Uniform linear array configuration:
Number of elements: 32
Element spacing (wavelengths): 0.75
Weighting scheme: hamming
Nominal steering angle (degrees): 60
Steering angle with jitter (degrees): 59.387
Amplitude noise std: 0.05
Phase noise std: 0.05

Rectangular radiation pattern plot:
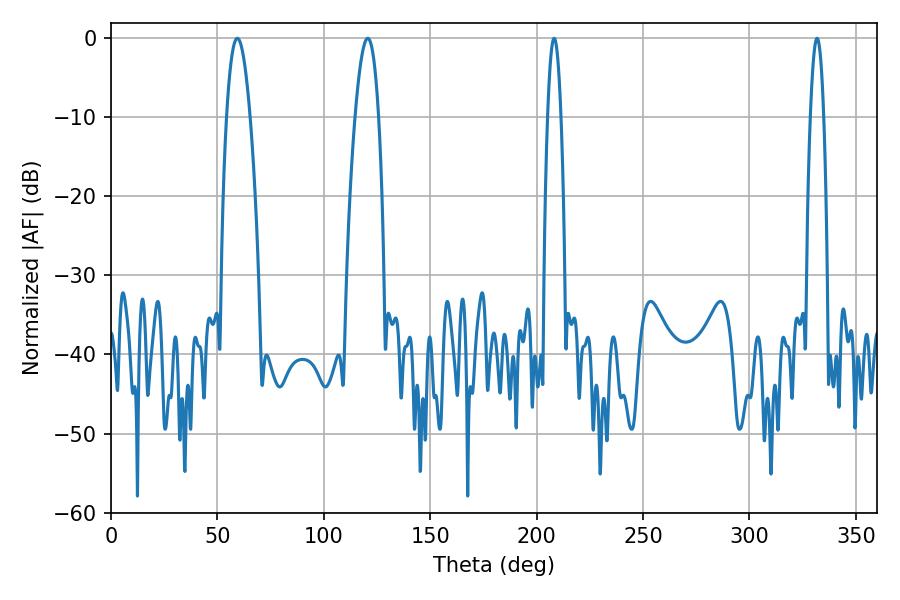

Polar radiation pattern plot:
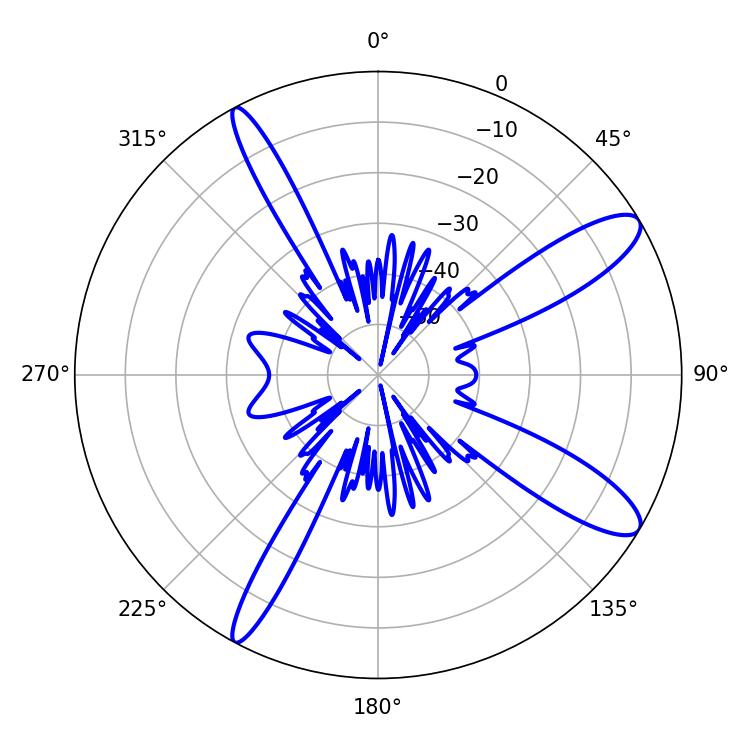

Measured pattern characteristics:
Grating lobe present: TRUE
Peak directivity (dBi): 11.699
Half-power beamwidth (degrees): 5.94
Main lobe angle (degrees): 59.4